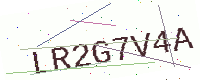
Text: LR2G7V4A